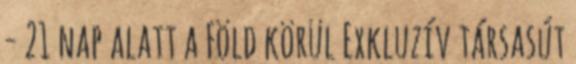
- 21 nap alatt a Föld körül Exkluzív társasút